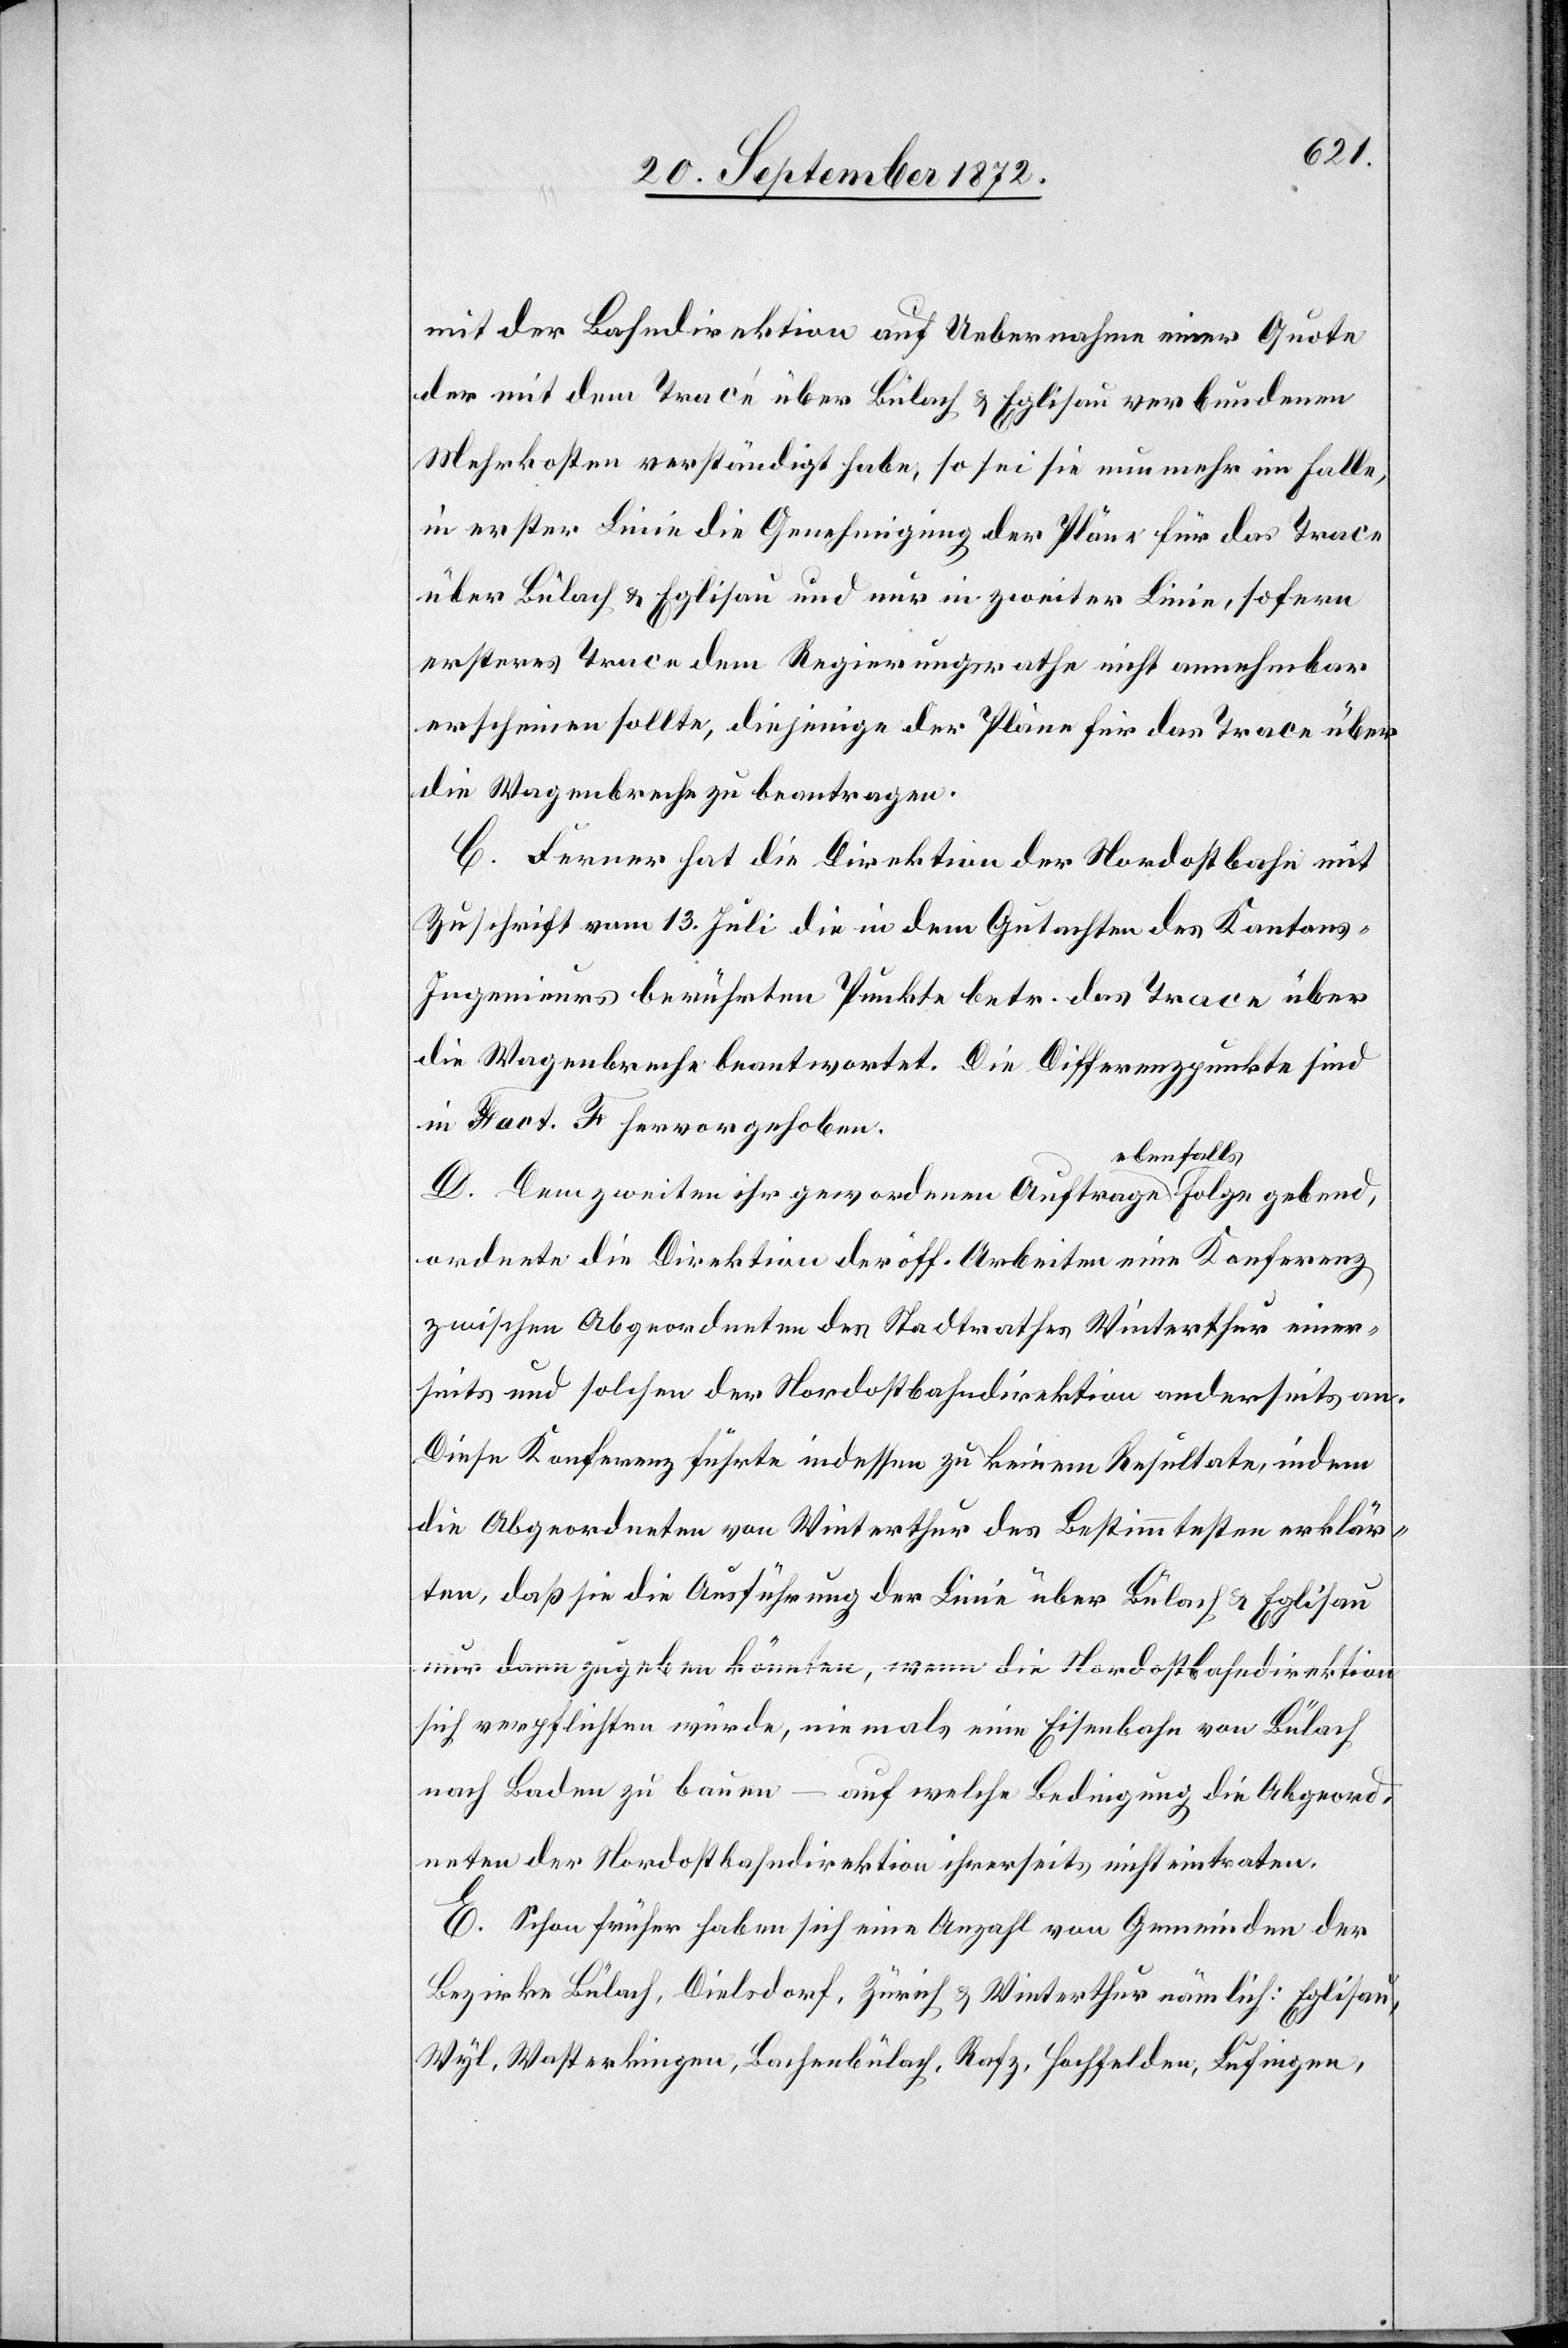
mit der Bahndirektion auf Uebernahme einer Quote
der mit dem Tracé über Bülach u. Eglisau verbundenen
Mehrkosten verständigt habe, so sei sie nun mehr im Falle,
in erster Linie die Genehmigung der Pläne für das Trace
über Bülach u. Eglisau und nur in zweiter Linie, sofern
ersteres Trace dem Regierungsrathe nicht annehmbar
erscheinen sollte, diejenige der Pläne für das Trace über
die Wagenbreche zu beantragen.
C. Ferner hat die Direktion der Nordostbahn mit
Zuschrift vom 13. Juli die in dem Gutachten des Kantons-I¬
ngenieurs berührten Punkte betr. das Trace über
die Wagenbreche beantwortet. Die Differenzpunkte sind
in Fact. F hervorgehoben.
D. Dem zweiten ihr gewordenen Auftrage ebenfalls Folge gebend,
ordnete die Direktion der öff. Arbeiten eine Konferenz
zwischen Abgeordneten des Stadtrathes Winterthur einer¬
seits und solchen der Nordostbahndirektion anderseits an.
Diese Konferenz führte indessen zu keinem Resultate, indem
die Abgeordneten von Winterthur des Bestimmtesten erklär¬
ten, daß sie die Ausführung der Linie über Bülach u. Eglisau
nur dann zugeben könnten, wenn die Nordostbahndirektion
sich verpflichten würde, niemals eine Eisenbahn von Bülach
nach Baden zu bauen – auf welche Bedingung die Abgeord¬
neten der Nordostbahndirektion ihrerseits nicht eintraten.
E. Schon früher haben sich eine Anzahl von Gemeinden der
Bezirke Bülach, Dielsdorf, Zürich u. Winterthur nämlich: Eglisau,
Wyl, Wasterkingen, Bachenbülach, Rafz, Hochfelden, Lufingen,